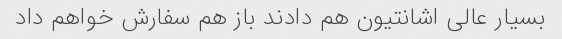
بسیار عالی اشانتیون هم دادند باز هم سفارش خواهم داد